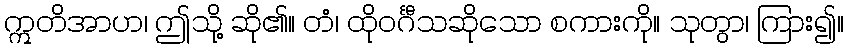
ဣတိအာဟ၊ ဤသို့ ဆို၏။ တံ၊ ထိုဝင်္ဂီသဆိုသော စကားကို။ သုတွာ၊ ကြား၍။